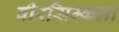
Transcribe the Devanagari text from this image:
वीरस्रिम्कला